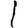
Digit: 1